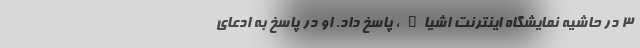
۳ در حاشیه نمایشگاه اینترنت اشیاء ، پاسخ داد. او در پاسخ به ادعای